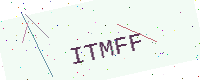
Text: ITMFF